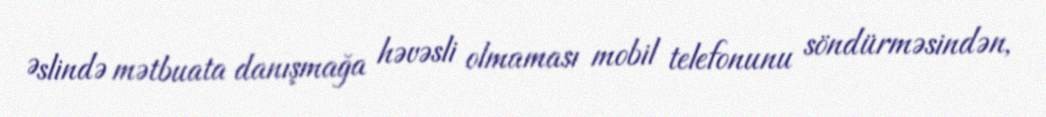
Əslində mətbuata danışmağa həvəsli olmaması mobil telefonunu söndürməsindən,